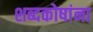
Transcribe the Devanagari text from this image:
शब्दकोषांना